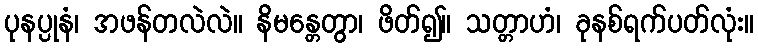
ပုနပ္ပုနံ၊ အဖန်တလဲလဲ။ နိမန္တေတွာ၊ ဖိတ်၍။ သတ္တာဟံ၊ ခုနစ်ရက်ပတ်လုံး။